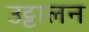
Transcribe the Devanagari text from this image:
उट्टालन